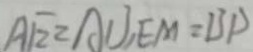
A E = A U , E M = B P